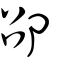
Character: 卲